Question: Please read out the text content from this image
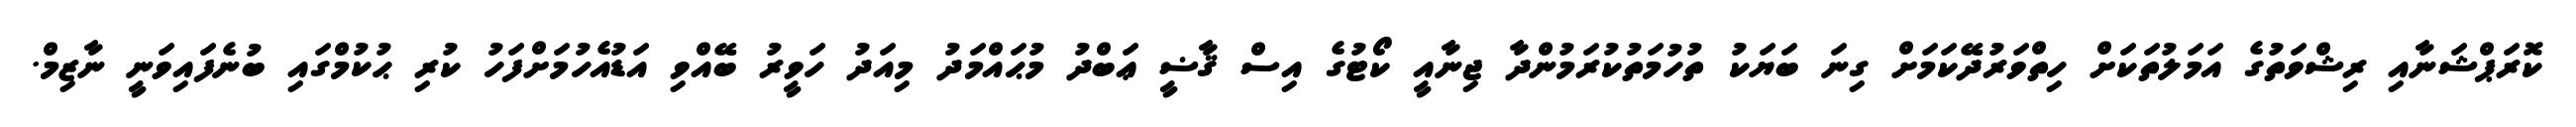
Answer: ކޮރަޕްޝަނާއި ރިޝްވަތުގެ އަމަލުތަކަށް ހިތްވަރުދޭކަމަށް ގިނަ ބަޔަކު ތުހުމަތުކުރަމުންދާ ޖިނާއީ ކޯޓުގެ އިސް ޤާޟީ ޢަބްދު މުޙައްމަދު މިއަދު ހަވީރު ބޭއްވި އަޑުއެހުމަށްފަހު ކުރި ޙުކުމްގައި ބުނެފައިވަނީ ނާޒިމް.